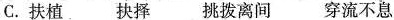
C.扶植 抉择 挑拨离间 穿流不息